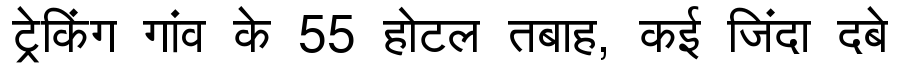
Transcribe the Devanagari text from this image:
ट्रेकिंग गांव के 55 होटल तबाह, कई जिंदा दबे